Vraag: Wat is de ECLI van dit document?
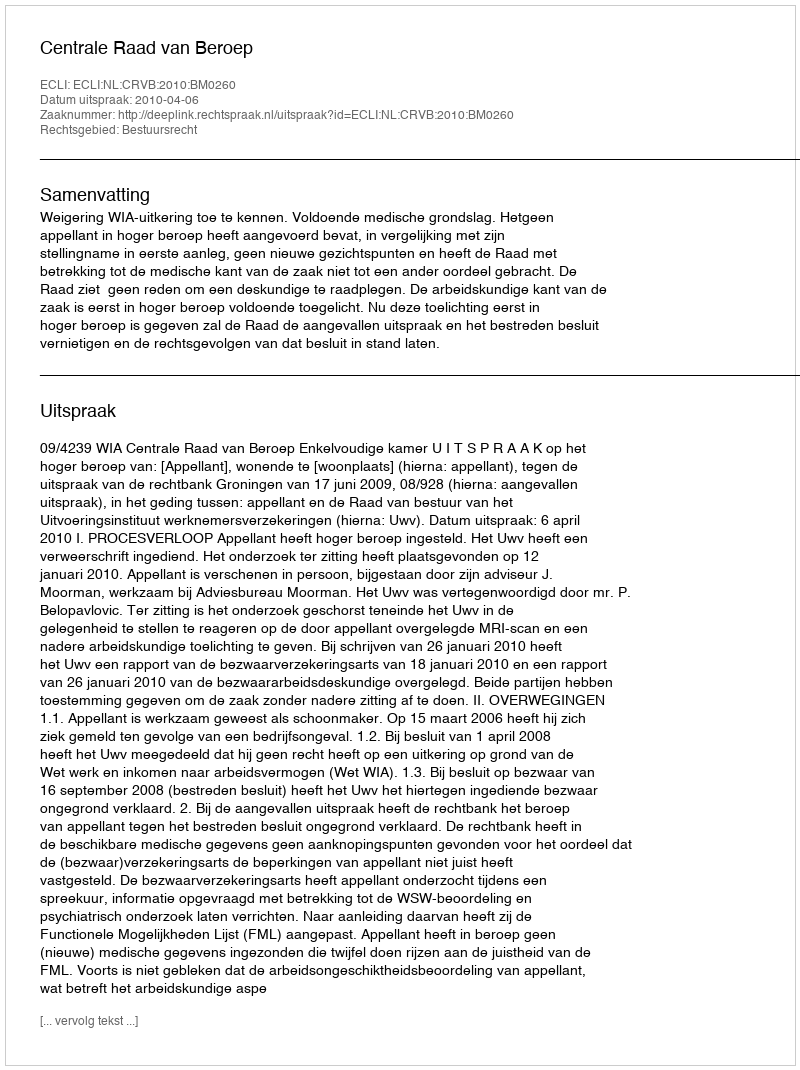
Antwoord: ECLI:NL:CRVB:2010:BM0260